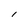
Character: l